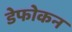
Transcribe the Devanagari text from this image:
डेफोकन